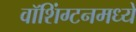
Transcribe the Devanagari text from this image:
वॉशिंग्टनमध्ये